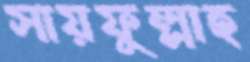
সায়ফুল্লাহ